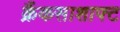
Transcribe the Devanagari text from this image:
क्रैंकसाशाफ्ट